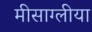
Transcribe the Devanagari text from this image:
मीसाग्लीया